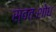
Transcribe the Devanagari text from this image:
स्वतःशोध